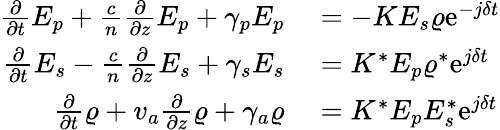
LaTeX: \begin{array}{rl}{\frac{\partial}{\partial t}E_{p}+\frac{c}{n}\frac{\partial}{\partial z}E_{p}+\gamma_{p}E_{p}}&{{}=-KE_{s}\varrho\mathrm{e}^{-j\delta t}}\\ {\frac{\partial}{\partial t}E_{s}-\frac{c}{n}\frac{\partial}{\partial z}E_{s}+\gamma_{s}E_{s}}&{{}=K^{*}E_{p}\varrho^{*}\mathrm{e}^{j\delta t}}\\ {\frac{\partial}{\partial t}\varrho+v_{a}\frac{\partial}{\partial z}\varrho+\gamma_{a}\varrho}&{{}=K^{*}E_{p}E_{s}^{*}\mathrm{e}^{j\delta t}}\end{array}